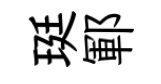
珽鄆